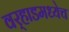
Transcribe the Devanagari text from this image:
वर्‍हाडमध्येच